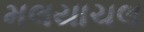
મલયાચલ